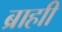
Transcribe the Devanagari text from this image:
ब्राहाी